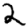
Digit: 2